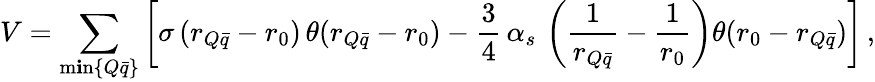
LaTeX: V=\sum_{\operatorname*{m\mathbf{i}n}\{ Q\bar{{q}}\} }\left[\sigma\, (r_{Q\bar{{q}}}-r_{0})\, \theta(r_{Q\bar{{q}}}-r_{0})-\frac{{3}}{{4}}\, \alpha_{s}\, \left(\frac{{1}}{{r_{Q\bar{{q}}}}}-\frac{{1}}{{r_{0}}}\right)\theta(r_{0}-r_{Q\bar{{q}}})\right]\, ,